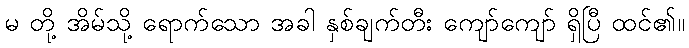
မ တို့ အိမ်သို့ ရောက်သော အခါ နှစ်ချက်တီး ကျော်ကျော် ရှိပြီ ထင်၏။